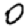
Digit: 0